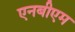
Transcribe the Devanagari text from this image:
एनबीएम